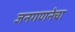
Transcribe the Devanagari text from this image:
जनगणनेचा